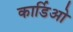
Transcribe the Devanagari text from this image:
कार्डिओ